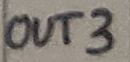
Text: OUT3